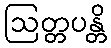
ဩတ္တပန္တိ